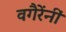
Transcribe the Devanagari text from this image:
वगैरेंनीं